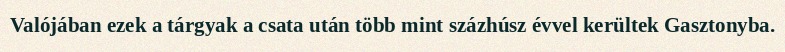
Valójában ezek a tárgyak a csata után több mint százhúsz évvel kerültek Gasztonyba.